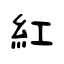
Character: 紅